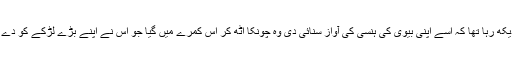
وہ گولیاں کھا کر پلنگ پر بیٹھا قمیصوں کے کپڑوں کو اُنگلیوں میں مسل مسل کر دیکھ رہا تھا کہ اسے اپنی بیوی کی ہنسی کی آواز سنائی دی وہ چونکا اُٹھ کر اُس کمرے میں گیا جو اُس نے اپنے بڑے لڑکے کو دے رکھا تھا اندر سے اس کی بیوی اور اس کے بیٹے کی ہنسی کی آواز نکل رہی تھی۔